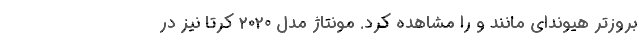
بروزتر هیوندای مانند و را مشاهده کرد. مونتاژ مدل 2020 کرتا نیز در